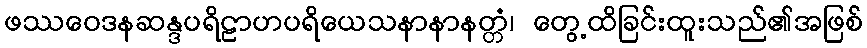
ဖဿဝေဒနဆန္ဒပရိဠာဟပရိယေသနာနာနတ္တံ၊ တွေ့ထိခြင်းထူးသည်၏အဖြစ်